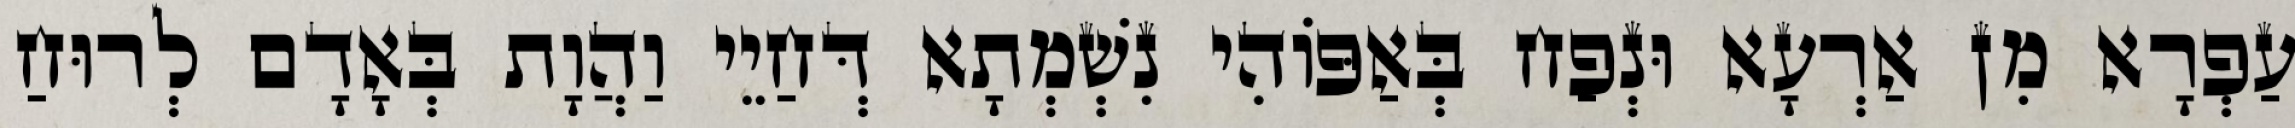
עַפְרָא מִן אַרְעָא וּנְפַח בְּאַפּוֹהִי נִשְׁמְתָא דְּחַיֵי וַהֲוָת בְּאָדָם לְרוּחַ